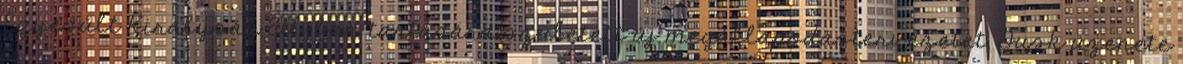
Egyesült Királyság EU-ban tartására született új megállapodástervezetet. Tusk üzenete